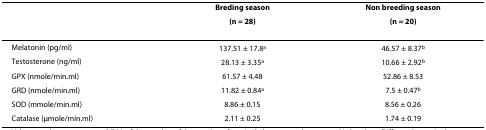
|  | Breding season | Non breeding season |
 |  | (n = 28) | (n = 20) |
 | --- | --- | --- |
 | Melatonin (pg/ml) | 137.51 ± 17.8a | 46.57 ± 8.37b |
 | Testosterone (ng/ml) | 28.13 ± 3.35a | 10.66 ± 2.92b |
 | GPX (nmole/min.ml) | 61.57 ± 4.48 | 52.86 ± 8.53 |
 | GRD (nmole/min.ml) | 11.82 ± 0.84a | 7.5 ± 0.47b |
 | SOD (mmole/min.ml) | 8.86 ± 0.15 | 8.56 ± 0.26 |
 | Catalase (μmole/min.ml) | 2.11 ± 0.25 | 1.74 ± 0.19 |